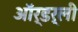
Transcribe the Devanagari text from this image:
ऑर्डर्ली